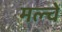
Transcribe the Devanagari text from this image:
मल्चें